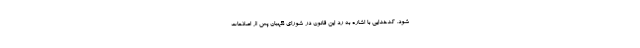
شود. کدخدایی با اشاره به رد این قانون در شورای نگهبان پس از اصلاحات